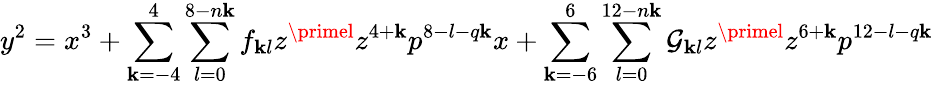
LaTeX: y^{2}=x^{3}+\sum_{\mathbf{k}=-4}^{4}\sum_{l=0}^{8-n\mathbf{k}}f_{\mathbf{k}l}z^{\primel}z^{4+\mathbf{k}}p^{8-l-q\mathbf{k}}x+\sum_{\mathbf{k}=-6}^{6}\sum_{l=0}^{12-n\mathbf{k}}\mathcal{G}_{\mathbf{k}l}z^{\primel}z^{6+\mathbf{k}}p^{12-l-q\mathbf{k}}